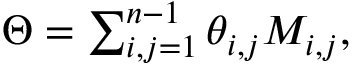
\begin{array} { r } { \Theta = \sum _ { i , j = 1 } ^ { n - 1 } \theta _ { i , j } M _ { i , j } , } \end{array}